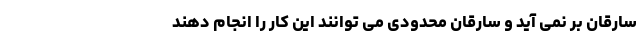
سارقان بر نمی آید و سارقان محدودی می توانند این کار را انجام دهند